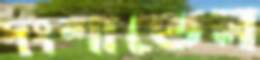
দংশাতেন